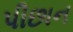
પીછાન